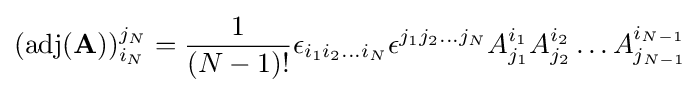
(\operatorname {adj} (\mathbf {A} ))_{i_{N}}^{j_{N}}={\frac {1}{(N-1)!}}\epsilon _{i_{1}i_{2}\ldots i_{N}}\epsilon ^{j_{1}j_{2}\ldots j_{N}}A_{j_{1}}^{i_{1}}A_{j_{2}}^{i_{2}}\ldots A_{j_{N-1}}^{i_{N-1}}